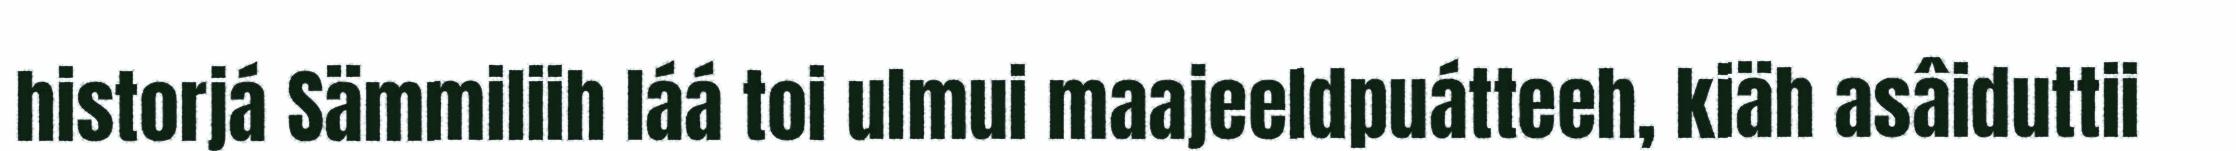
historjá Sämmiliih láá toi ulmui maajeeldpuátteeh, kiäh asâiduttii